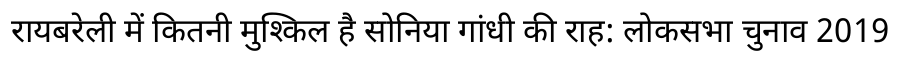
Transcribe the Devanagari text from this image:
रायबरेली में कितनी मुश्किल है सोनिया गांधी की राह: लोकसभा चुनाव 2019